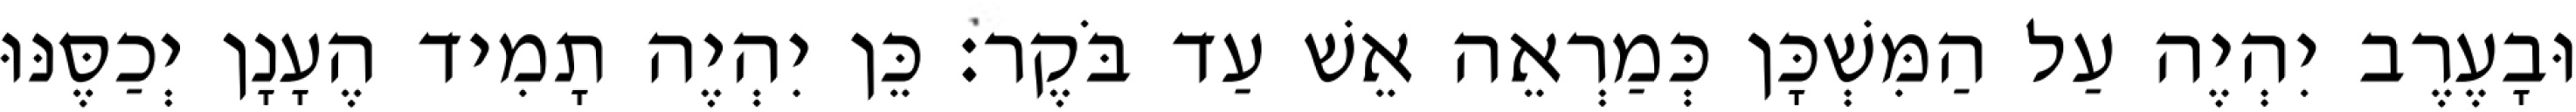
וּבָעֶרֶב יִהְיֶה עַל הַמִּשְׁכָּן כְּמַרְאֵה אֵשׁ עַד בֹּקֶר׃ כֵּן יִהְיֶה תָמִיד הֶעָנָן יְכַסֶּנּוּ